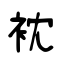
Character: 衴